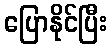
ပြောနိုင်ပြီး